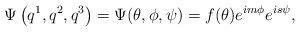
LaTeX: \begin{align*}\Psi\left(q^1,q^2,q^3\right)=\Psi(\theta,\phi,\psi)=f(\theta)e^{im\phi}e^{is\psi},\end{align*}